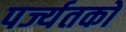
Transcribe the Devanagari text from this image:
पर्ज्यतकों